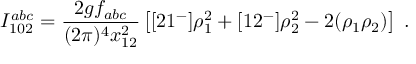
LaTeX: I _ { 1 0 2 } ^ { a b c } = \frac { 2 g f _ { a b c } } { ( 2 \pi ) ^ { 4 } x _ { 1 2 } ^ { 2 } } \left[ [ 2 1 ^ { - } ] \rho _ { 1 } ^ { 2 } + [ 1 2 ^ { - } ] \rho _ { 2 } ^ { 2 } - 2 ( \rho _ { 1 } \rho _ { 2 } ) \right] \; .